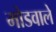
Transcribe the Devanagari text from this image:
मोडवाले